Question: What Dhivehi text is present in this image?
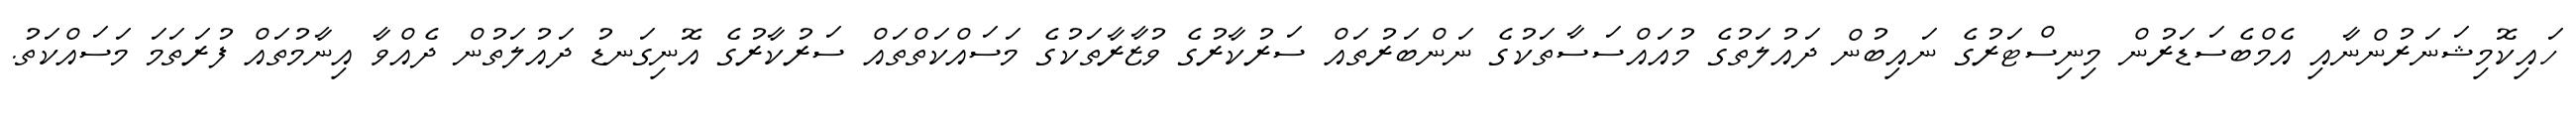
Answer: ހައިކޮމިޝަނަރުންނާއި އެމްބެސަޑަރުން މިނިސްޓަރުގެ ނައިބުން ދައުލަތުގެ މުއައްސަސާތަކުގެ ނަންބަރުތައް ސަރުކާރުގެ ވުޒާރާތަކުގެ މަސައްކަތްތައް ސަރުކާރުގެ އޮނިގަނޑު ދައުލަތުން ދެއްވާ އިނާމުތައް ފުރަތަމަ މަސައްކަތު.